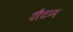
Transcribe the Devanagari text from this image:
शैंटन